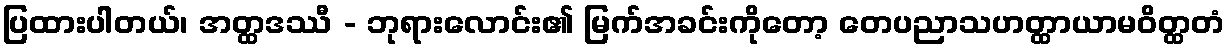
ပြထားပါတယ်၊ အတ္ထဒဿီ - ဘုရားလောင်း၏ မြက်အခင်းကိုတော့ တေပညာသဟတ္ထာယာမဝိတ္ထတံ